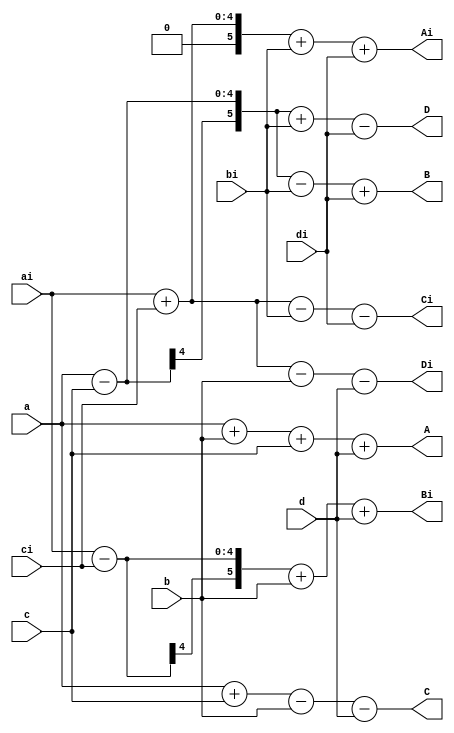
module four_fft(a,b,c,d,ai,bi,ci,di,A,Ai,B,Bi,C,Ci,D,Di);
input [3:0] a,b,c,d,ai,bi,ci,di;
output [5:0] A,Ai,B,Bi,C,Ci,D,Di;

assign A = a+b+c+d;
assign Ai =ai+ci+bi+di;
assign B =a-c-bi+di;
assign Bi =ai-ci+b+d;
assign C= a+c-b-d;
assign Ci=ai+ci-bi-di;
assign D= a-c+bi-di;
assign Di= ai+ci -b-d;

endmodule